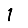
Digit: 1